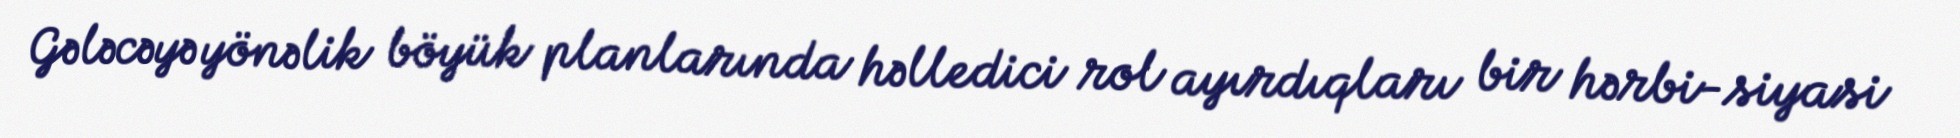
Gələcəyə yönəlik böyük planlarında həlledici rol ayırdıqları bir hərbi-siyasi